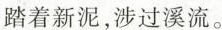
踏着新泥，涉过溪流。